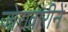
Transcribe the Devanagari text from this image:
जोरावारीनें